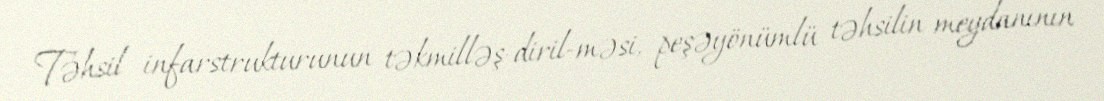
Təhsil infarstrukturunun təkmilləş­diril­məsi, peşəyönümlü təhsilin meydanının